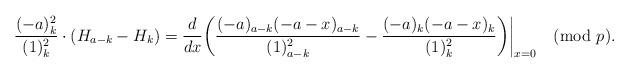
LaTeX: \begin{align*}\frac{(-a)_k^2}{(1)_{k}^2}\cdot(H_{a-k}-H_k)=\frac{d}{d x}\bigg(\frac{(-a)_{a-k}(-a-x)_{a-k}}{(1)_{a-k}^2}-\frac{(-a)_k(-a-x)_{k}}{(1)_k^2}\bigg)\bigg|_{x=0}\pmod{p}.\end{align*}